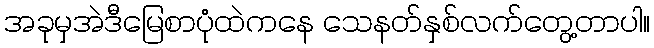
အခုမှအဲဒီမြေစာပုံထဲကနေ သေနတ်နှစ်လက်တွေ့တာပါ။